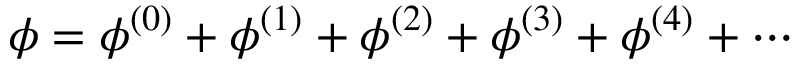
\phi = \phi ^ { ( 0 ) } + \phi ^ { ( 1 ) } + \phi ^ { ( 2 ) } + \phi ^ { ( 3 ) } + \phi ^ { ( 4 ) } + \cdots